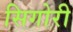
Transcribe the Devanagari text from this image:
सिगोरी